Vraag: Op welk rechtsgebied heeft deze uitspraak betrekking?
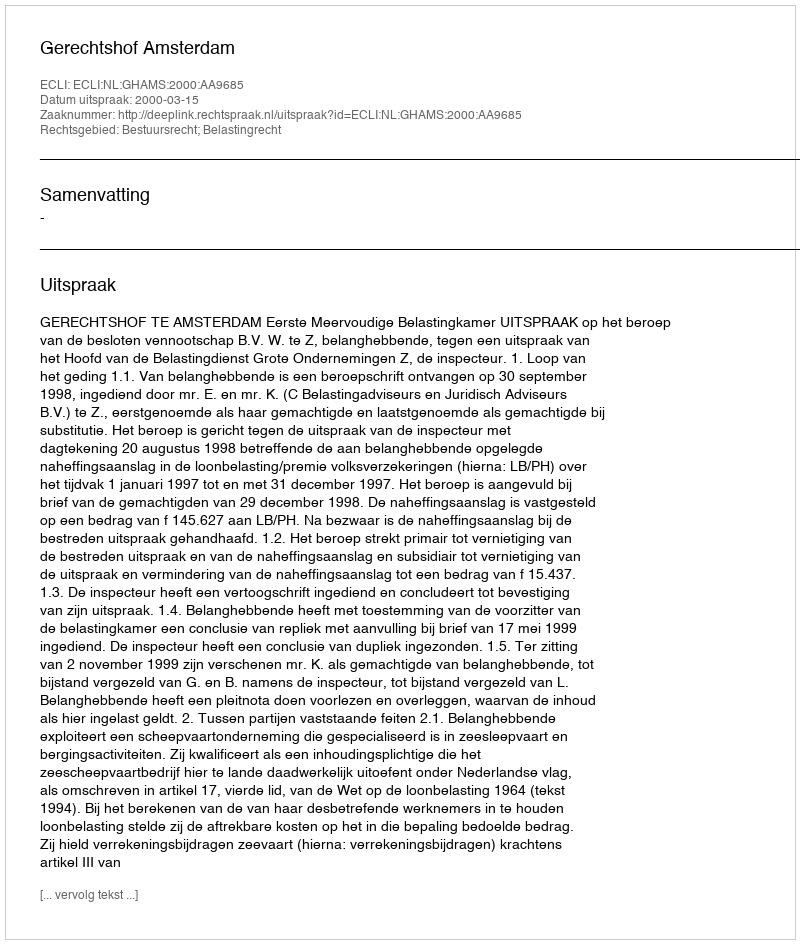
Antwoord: Bestuursrecht; Belastingrecht